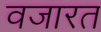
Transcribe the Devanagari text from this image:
वजारत